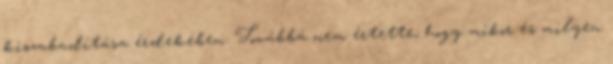
kiszabadítása érdekében. Továbbá nem értette, hogy mikor és milyen